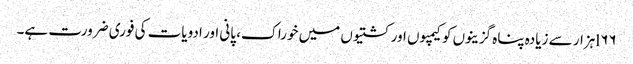
l۶۶ہزار سے زیادہ پناہ گزینوں کو کیمپوں اور کشتیوں میں خوراک، پانی اور ادویات کی فوری ضرورت ہے۔